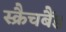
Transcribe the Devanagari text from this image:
स्क्रैचबैंड